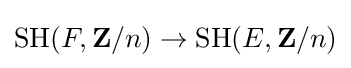
\mathrm {SH} (F,\mathbf {Z} /n)\to \mathrm {SH} (E,\mathbf {Z} /n)